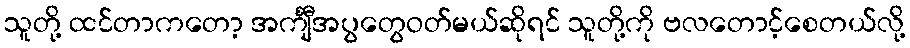
သူတို့ ထင်တာကတော့ အင်္ကျီအပွတွေဝတ်မယ်ဆိုရင် သူတို့ကို ဗလတောင့်စေတယ်လို့